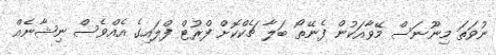
ނުވަތަ މިނޫނަސް މޭވާއަކުން ފެނޭތޯ ބަލާ ޗެކްކޮށް ފްރުޓް ފްލައިގެ އެއްވެސް ނިޝާނެއް